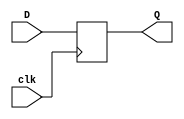
module neg_edge_d_ff (
    input wire D,
    input wire clk,
    output reg Q
);

always @(negedge clk) begin
    Q <= D;
end

endmodule